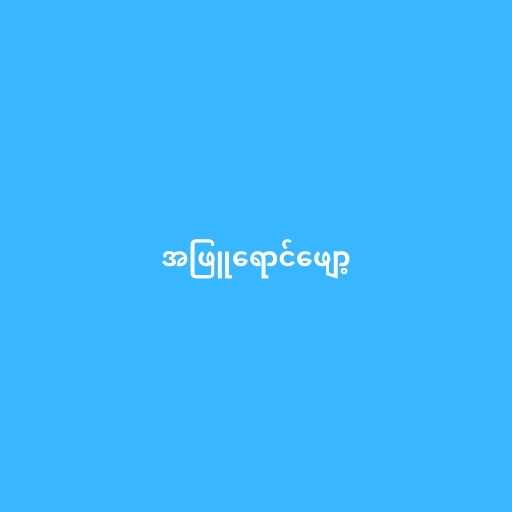
အဖြူရောင်ဖျော့